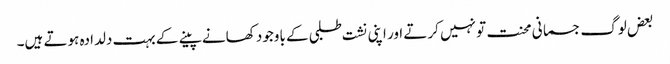
بعض لوگ جسمانی محنت تو نہیں کرتے اور اپنی نشت طلبی کے باوجود کھانے پینے کے بہت دلدادہ ہوتے ہیں۔